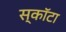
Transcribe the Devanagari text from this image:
स्कॉटा